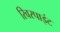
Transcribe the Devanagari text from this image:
रिवरपाइंट